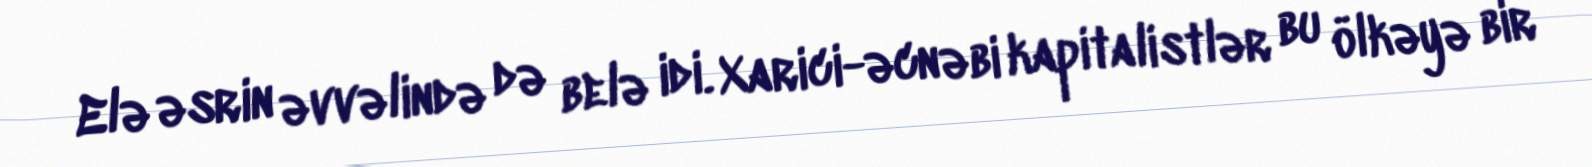
Elə əsrin əvvəlində də belə idi. Xarici-əcnəbi kapitalistlər bu ölkəyə bir